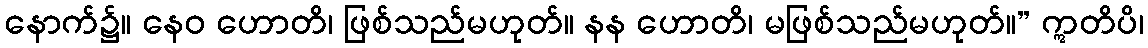
နောက်၌။ နေဝ ဟောတိ၊ ဖြစ်သည်မဟုတ်။ နန ဟောတိ၊ မဖြစ်သည်မဟုတ်။” ဣတိပိ၊